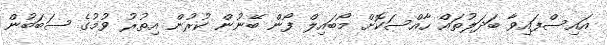
އައިސްފައިވާ ބަދަލުތައް ހާއްސަކޮށް މޯބައިލް ފޯން ބޭނުން ކުރުން އިތުރު ވުމުގެ ސަބަބުން